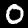
Digit: 0